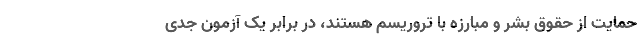
حمایت از حقوق بشر و مبارزه با تروریسم هستند، در برابر یک آزمون جدی